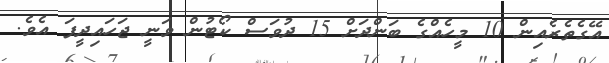
އޭގެތެރެއިން 10 މީހެއްގެ ބަންދަށް 15 ދުވަސް ކޯޓުން ވަނީ ޖަހައިދީފަ އެވެ.